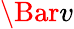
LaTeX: \Bar{v}